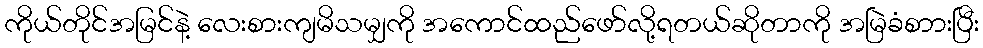
ကိုယ်တိုင်အမြင်နဲ့ လေးစားကျမိသမျှကို အကောင်ထည်ဖော်လို့ရတယ်ဆိုတာကို အမြဲခံစာားပြီး